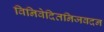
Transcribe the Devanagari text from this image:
विनिवेदितनिजवदन